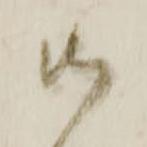
御